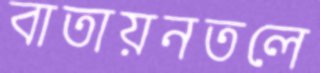
বাতায়নতলে